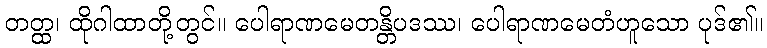
တတ္ထ၊ ထိုဂါထာတို့တွင်။ ပေါရာဏမေတန္တိပဒဿ၊ ပေါရာဏမေတံဟူသော ပုဒ်၏။